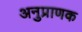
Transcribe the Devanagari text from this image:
अनुप्राणक